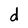
Character: d